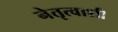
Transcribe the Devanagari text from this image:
नेतृत्वाशी